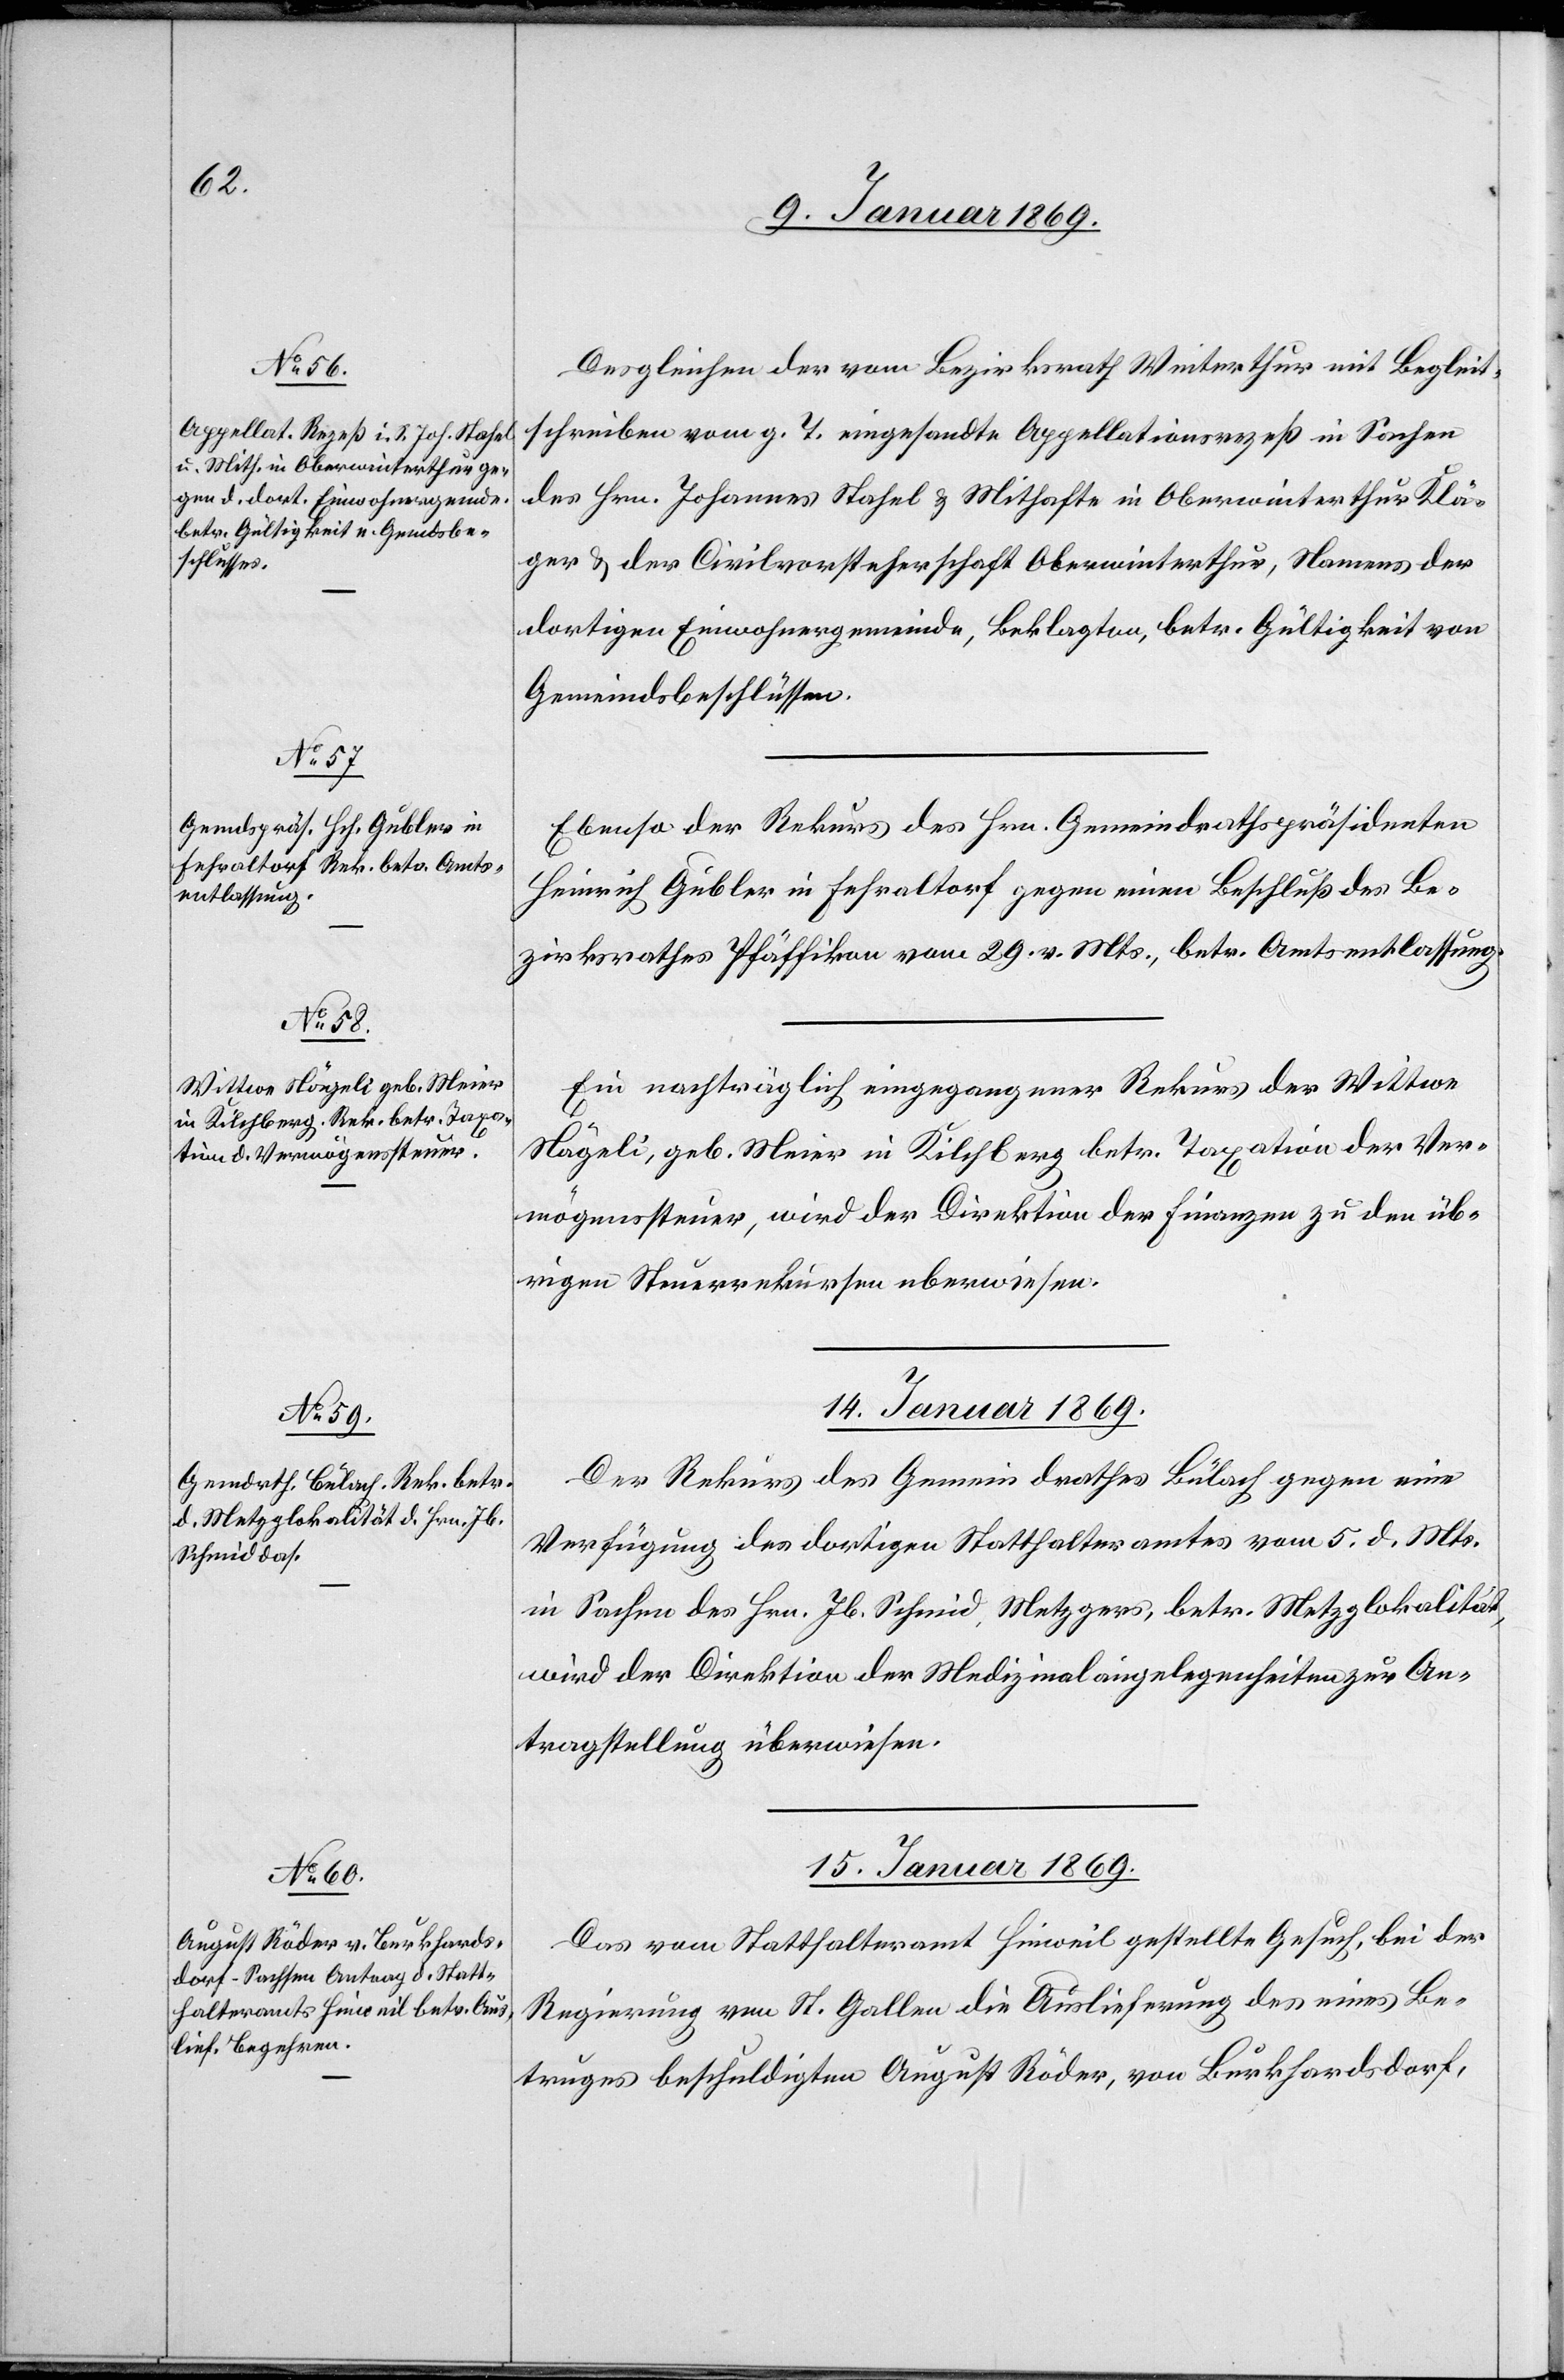
Desgleichen der vom Bezirksrath Winterthur mit Begleit¬
schreiben vom g. T. eingesandte Appellationsprozeß in Sachen
des Hrn. Johannes Stahel u. Mithafte in Oberwinterthur[,] Klä¬
ger u. der Civilvorsteherschaft Oberwinterthur, Namens der
dortigen Einwohnergemeinde, Beklagten, betr. Gültigkeit von
Gemeindsbeschlüssen.
Ebenso der Rekurs des Hrn. Gemeindrathspräsidenten
Heinrich Gubler in Fehraltorf gegen einen Beschluß des Be¬
zirksrathes Pfäffikon vom 29 v. Mts., betr. Amtsentlassung.
Ein nachträglich eingegangener Rekurs der Wittwe
[sic!], geb. Meier in Kilchberg betr. Taxation der Ver¬
mögenssteuer, wird der Direktion der Finanzen zu den üb¬
rigen Steuerrekursen uberwiesen
14. Januar 1869.
Der Rekurs des Gemeindrathes Bülach gegen eine
Verfügung des dortigen Statthalteramtes vom 5. d. Mts.
in Sachen des Hrn. Jb. Schmid, Metzgers, betr. Metzglokalität,
wird der Direktion der Medizinalangelegenheiten zur An¬
tragstellung überwiesen.
15. Januar 1869.
Das vom Statthalteramt Hinweil gestellte Gesuch, bei der
Regierung von St. Gallen die Auslieferung des eines Be¬
truges beschuldigten August Räder, von Burkhardsdorf,